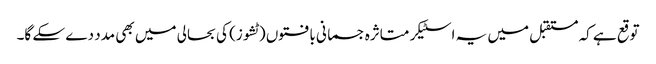
توقع ہے کہ مستقبل میں یہ اسٹیکر متاثرہ جسمانی بافتوں (ٹشوز) کی بحالی میں بھی مدد دے سکے گا۔